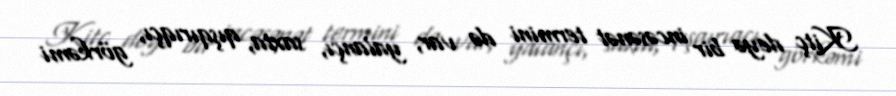
Kitç deyə bir incəsənət termini də var, yalançı, saxta, qışqırıqçı, görkəmi